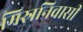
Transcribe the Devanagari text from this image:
मिस्रनिवासी